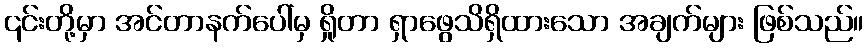
၎င်းတို့မှာ အင်တာနက်ပေါ်မှ ရှိုတာ ရှာဖွေသိရှိထားသော အချက်များ ဖြစ်သည်။